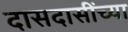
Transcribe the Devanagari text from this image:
दासदासींच्या